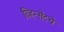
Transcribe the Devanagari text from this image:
व्हिन्सेंटचे